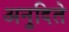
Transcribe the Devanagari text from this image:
अनुदिते